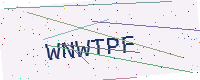
Text: WNWTPF